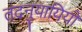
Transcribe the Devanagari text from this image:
तदनुयायियों